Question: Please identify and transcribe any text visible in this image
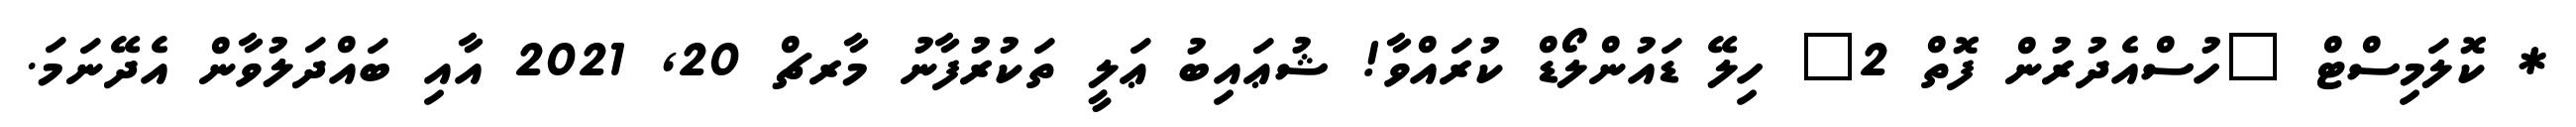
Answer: * ކޮލަމިސްޓް "ހުސްއެދުރުން ފޮތް 2" ހިލޭ ޑައުންލޯޑް ކުރައްވާ! ޝުޢައިބު ޢަލީ ތަކުރުފާނު މާރޗް 20, 2021 އާއި ބައްދަލުވާން އެދޭނަމަ.